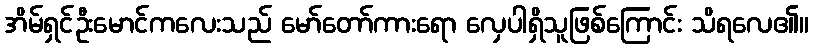
အိမ်ရှင်ဦးမောင်ကလေးသည် မော်တော်ကားရော လှေပါရှိသူဖြစ်ကြောင်း သိရလေ၏။